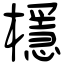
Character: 檼